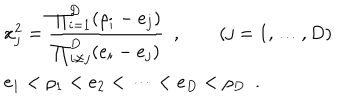
\begin{array} { l } { { \displaystyle x _ { j } ^ { 2 } = \frac { \prod _ { i = 1 } ^ { D } ( \rho _ { i } - e _ { j } ) } { \prod _ { i \not = j } ^ { D } ( e _ { i } - e _ { j } ) } \enspace , \qquad ( j = 1 , \dots , D ) } } \\ { { \displaystyle e _ { 1 } < \rho _ { 1 } < e _ { 2 } < \dots < e _ { D } < \rho _ { D } \enspace . } } \\ \end{array}